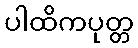
ပါထိကပုတ္တ